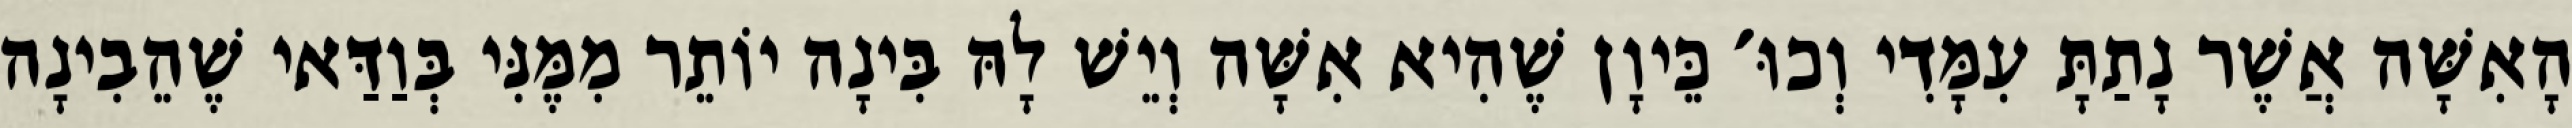
הָאִשָּׁה אֲשֶׁר נָתַתָּ עִמָּדִי וְכוּ׳ כֵּיוָן שֶׁהִיא אִשָּׁה וְיֵשׁ לָהּ בִּינָה יוֹתֵר מִמֶּנִּי בְּוַדַּאי שֶׁהֵבִינָה